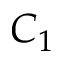
C _ { 1 }